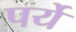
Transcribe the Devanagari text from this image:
पर्ये